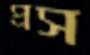
প্রস